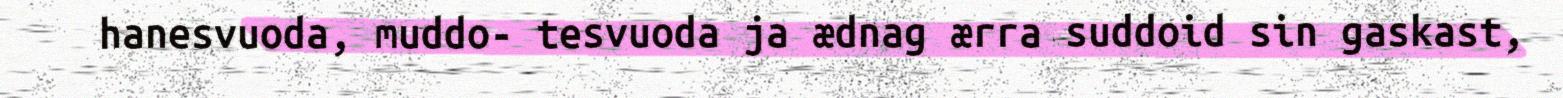
hanesvuoda, muddo- tesvuoda ja ædnag ærra suddoid sin gaskast,